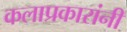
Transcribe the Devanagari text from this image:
कलाप्रकारांनी